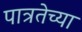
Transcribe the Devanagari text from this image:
पात्रतेच्या